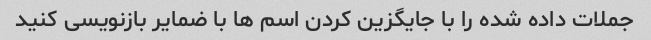
جملات داده شده را با جایگزین کردن اسم ها با ضمایر بازنویسی کنید